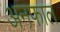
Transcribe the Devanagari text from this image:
अनफाल